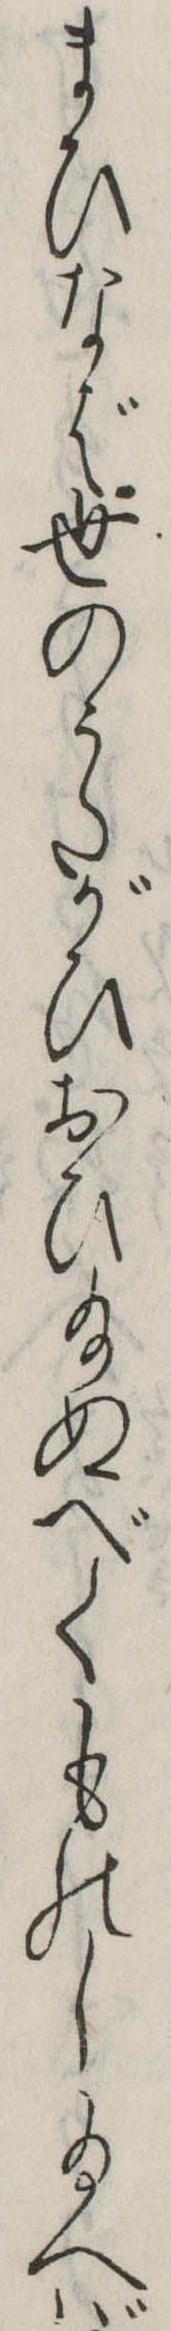
まひなば世のうたがひおひ給ぬべくものし給へば